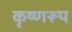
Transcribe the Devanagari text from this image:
कृष्णरूप